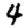
Digit: 4